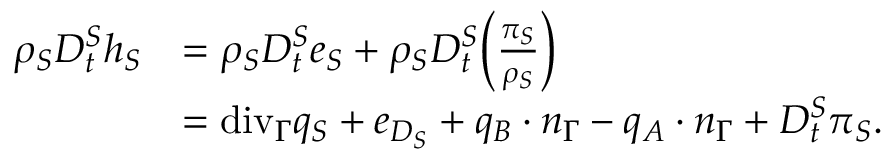
\begin{array} { r l } { \rho _ { S } D _ { t } ^ { S } h _ { S } } & { = \rho _ { S } D _ { t } ^ { S } e _ { S } + \rho _ { S } D _ { t } ^ { S } \bigg ( \frac { \pi _ { S } } { \rho _ { S } } \bigg ) } \\ & { = \mathrm { { d i v } } _ { \Gamma } q _ { S } + e _ { D _ { S } } + q _ { B } \cdot n _ { \Gamma } - q _ { A } \cdot n _ { \Gamma } + D _ { t } ^ { S } \pi _ { S } . } \end{array}